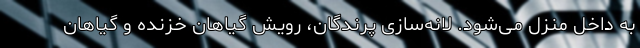
به داخل منزل می‌شود. لانه‌سازی پرندگان، رویش گیاهان خزنده و گیاهان